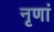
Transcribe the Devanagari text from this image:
नृणां